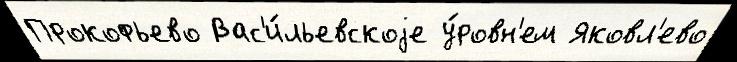
Прокофьево Вас'и́льевскоjе у́ровн'ем Яковл'ево